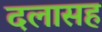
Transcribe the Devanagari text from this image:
दलासह